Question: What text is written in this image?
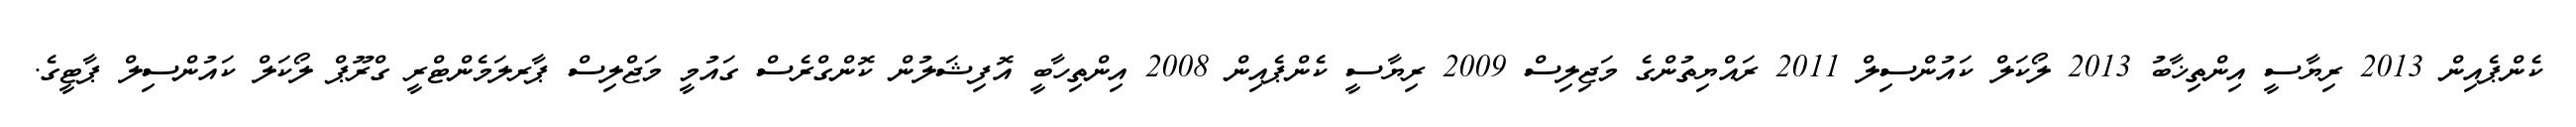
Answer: ކެންޕެއިން 2013 ރިޔާސީ އިންތިޚާބު 2013 ލޯކަލް ކައުންސިލް 2011 ރައްޔިތުންގެ މަޖިލިސް 2009 ރިޔާސީ ކެންޕެއިން 2008 އިންތިހާބީ އޮފިޝަލުން ކޮންގްރެސް ގައުމީ މަޖްލިސް ޕާރލަމެންޓްރީ ގްރޫޕް ލޯކަލް ކައުންސިލް ޕާޓީގެ.